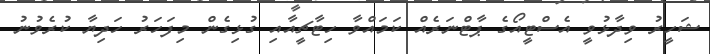
ޝަހީރު ވިދާޅުވީ އެސްޓީއޯގެ ޕާޓްނަރެއް ކަމައްވާ ހިޓާޗީއާއި ގުޅިގެން މިފަހަރު ހަދިޔާ ކުރެވުނު